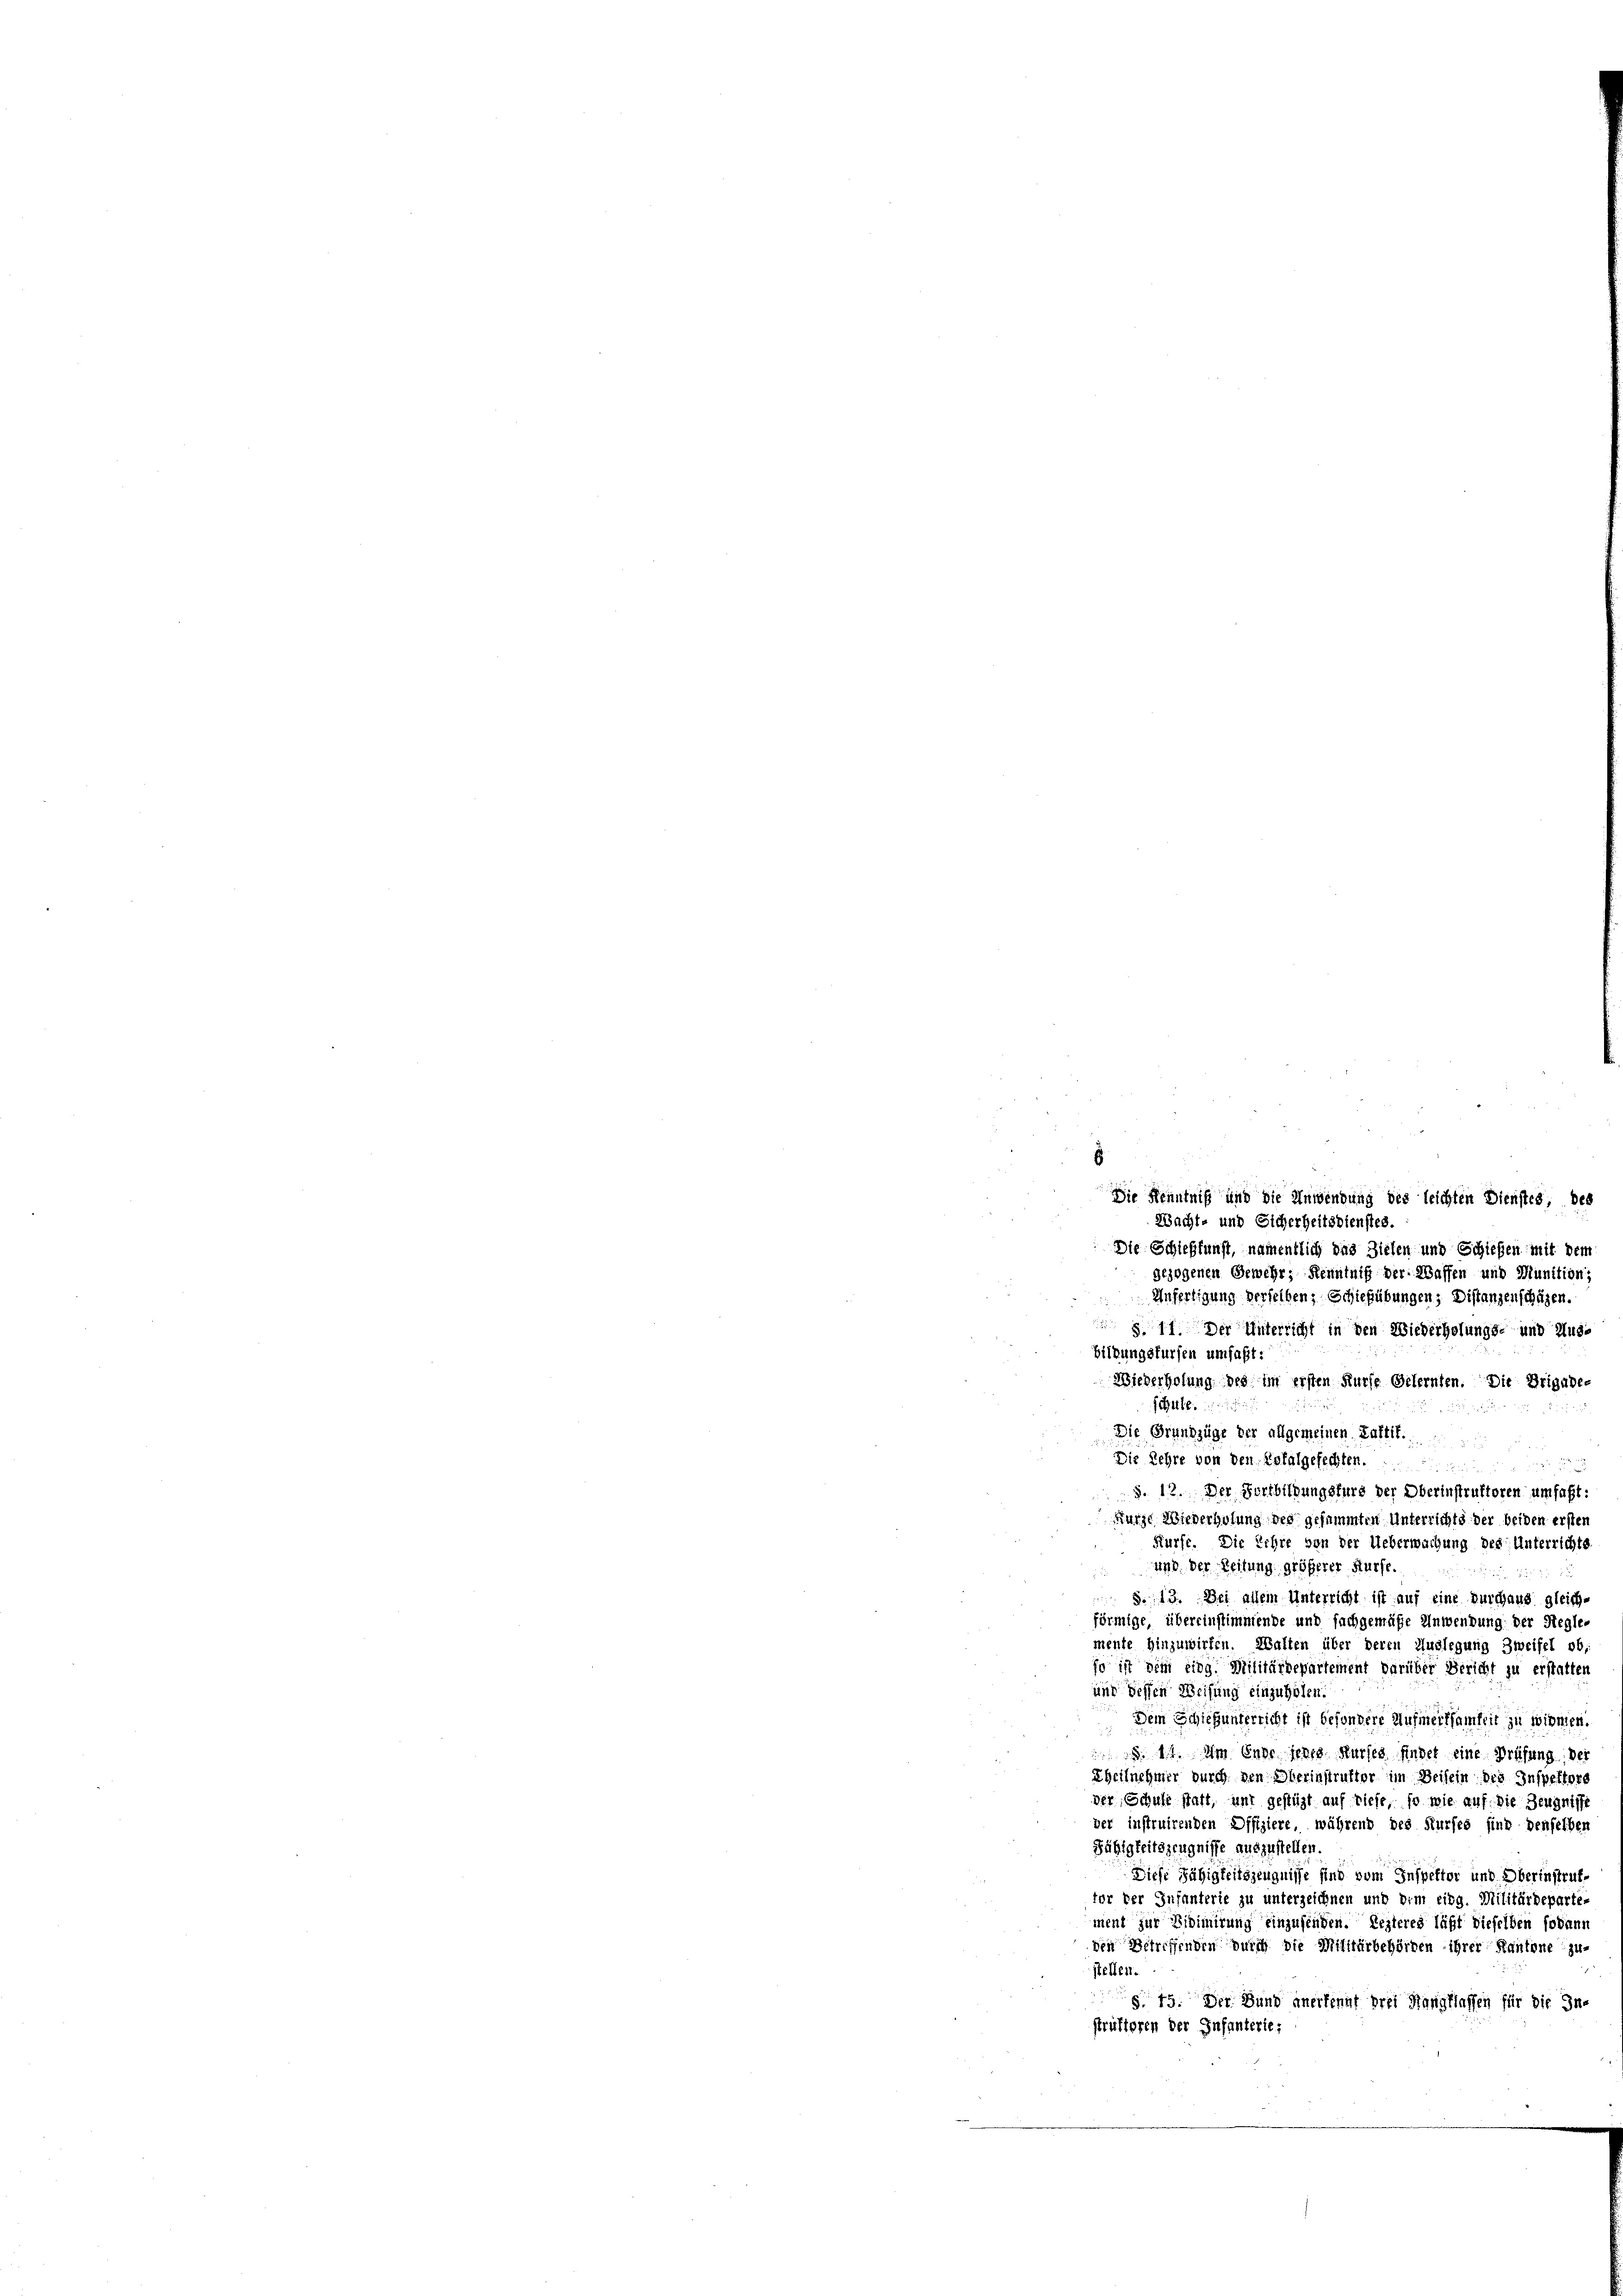
Die Schießfunst, namentlich das Zielen und Schießen mit dem
gezogenen Gewehr, Kenntniß der Waffen und Munition;
Anfertigung verselben, Schiefübungen, Distanzenschafen.
 §. 11. Der Unterricht in den Wiederholungs- und Ausbildungsfürfen umfaßt:
Wiederholung des im ersten Kurse Gelernten. Die Brigade-
Jcht.
Die Grundzüge der allgemeinen Kaftif.
Die Lehre von den Kofalgefechten.
§. 12. Der Fortbildungskurs der Oberinstruktoren umfaßt:
Kurze Wiederholung des gesammten Unterrichts der beiden ersten
Kürfe. Die Lehre von der Ueberwachung des Unterrichts
und der Zeitung größerer Kurse.

e
 S. 13. Dei allem Unterricht ist auf eine Durchaus gleich-
förmige, übereinstimmende und fachgemäße Anwendung der Regle-
mente hinzuwirken. Walten über deren Auslegung Zweifel ob,
so ist dem eidg. Militärdepartement darüber Bericht zu erstatten
und dessen Weisung einzuholen.
Dem Schiebunderricht ist besondere Aufmerksamkeit zu widmen.
 tit. Am Ende jenes Kurses findet eine Prüfung der
Theilnehmer durch den Oberinstruktor im Beisein des Inspektore
der, Schule statt, unt gestüzt auf tiefe, so wie auf die Zeugnis
der instruirenden Offiziere, während des Kurses sind denselben
Fähigkeitszeugnisse auszustellen.
Diese Fähigkeitszeugnisse sind vom Inspektor und Oberinstruftor der Infanterie zu unterzeichnen und dem eidg. Militärdeparte-
ment zur Vidimirung einzusenden. Lezteres läßt dieselben sodann
den Betreffenden durch die Mittärbehörden ihrer Kantone zu-
stellen.
§. 15. Der Bund anerkennt drei Rangflassen für die In-
struktoren der Infanterie-

s
Die Kenntniß und die Anwendung des leichten Dienstes des
Nacht- und Sicherheitsdienstes.